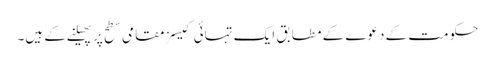
حکومت کے دعوے کے مطابق ایک تہائی کیسز مقامی سطح پر پھیلنے کے ہیں۔